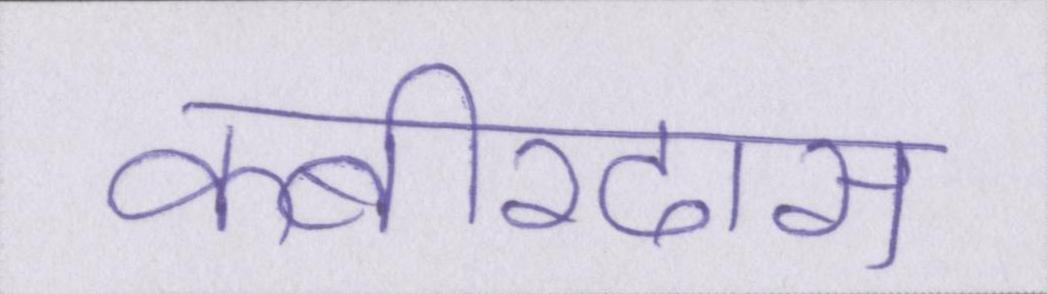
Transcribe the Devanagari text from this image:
कबीरदास